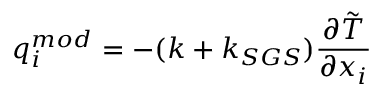
q _ { i } ^ { m o d } = - ( k + k _ { S G S } ) \frac { \partial \tilde { T } } { \partial x _ { i } }